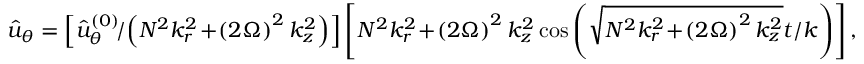
\hat { u } _ { \theta } = \left[ \hat { u } _ { \theta } ^ { \left( 0 \right) } \! / \! \left( N ^ { 2 } k _ { r } ^ { 2 } \! + \! \left( 2 \Omega \right) ^ { 2 } k _ { z } ^ { 2 } \right) \right] \left[ N ^ { 2 } k _ { r } ^ { 2 } \! + \! \left( 2 \Omega \right) ^ { 2 } k _ { z } ^ { 2 } \cos \left( \sqrt { N ^ { 2 } k _ { r } ^ { 2 } \! + \! \left( 2 \Omega \right) ^ { 2 } k _ { z } ^ { 2 } } t / k \right) \right] ,